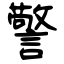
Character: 警